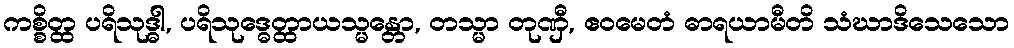
ကစ္စိတ္ထ ပရိသုဒ္ဓါ, ပရိသုဒ္ဓေတ္ထာယသ္မန္တော, တသ္မာ တုဏှီ, ဧဝမေတံ ဓာရယာမီတိ သံဃာဒိသေသော